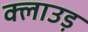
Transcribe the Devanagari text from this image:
क्लाउड़